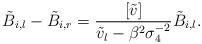
LaTeX: \begin{align*}\tilde{B}_{i,l}-\tilde{B}_{i,r} = \frac{[\tilde{v}]}{\tilde{v}_l-\beta^2\sigma_4^{-2}} \tilde{B}_{i,l}.\end{align*}